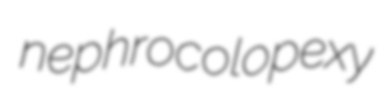
nephrocolopexy